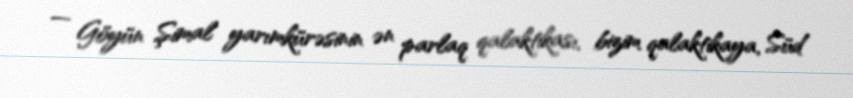
— Göyün Şimal yarımkürəsinin ən parlaq qalaktikası, bizim qalaktikaya, Süd